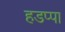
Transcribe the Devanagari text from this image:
हडप्‍पा